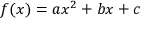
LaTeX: f ( x ) = a x ^ { 2 } + b x + c \,